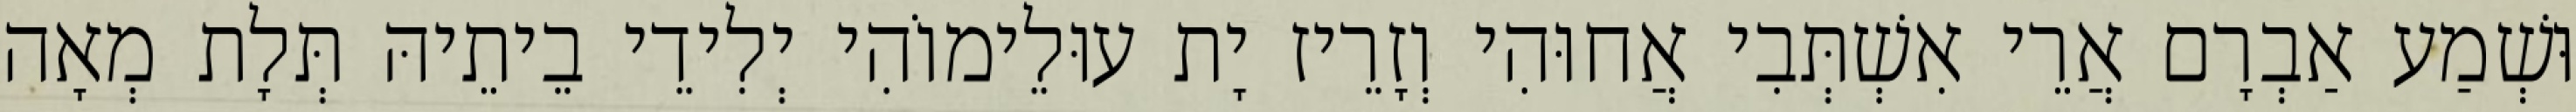
וּשְׁמַע אַבְרָם אֲרֵי אִשְׁתְּבִי אֲחוּהִי וְזָרֵיז יָת עוּלֵימוֹהִי יְלִידֵי בֵיתֵיהּ תְּלָת מְאָה